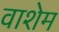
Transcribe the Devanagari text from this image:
वाशेम